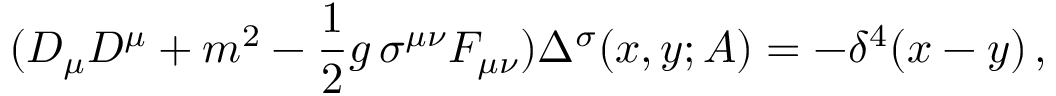
( D _ { \mu } D ^ { \mu } + m ^ { 2 } - { \frac { 1 } { 2 } } g \, \sigma ^ { \mu \nu } F _ { \mu \nu } ) \Delta ^ { \sigma } ( x , y ; A ) = - \delta ^ { 4 } ( x - y ) \, ,